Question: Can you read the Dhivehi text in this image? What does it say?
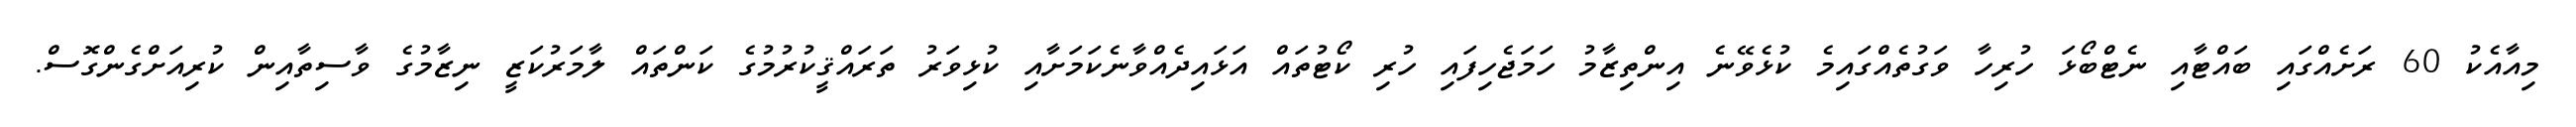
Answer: މިއާއެކު 60 ރަށެއްގައި ބައްޓާއި ނެޓްބޯޅަ ހުރިހާ ވަގުތެއްގައިމެ ކުޅެވޭނެ އިންތިޒާމު ހަމަޖެހިފައި ހުރި ކޯޓުތައް އަޅައިދެއްވާނެކަމަށާއި ކުޅިވަރު ތަރައްޤީކުރުމުގެ ކަންތައް ލާމަރުކަޒީ ނިޒާމުގެ ވާސިތާއިން ކުރިއަށްގެންގޮސް.